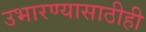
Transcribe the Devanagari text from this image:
उभारण्यासाठीही